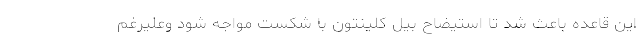
این قاعده باعث شد تا استیضاح بیل کلینتون با شکست مواجه شود وعلیرغم